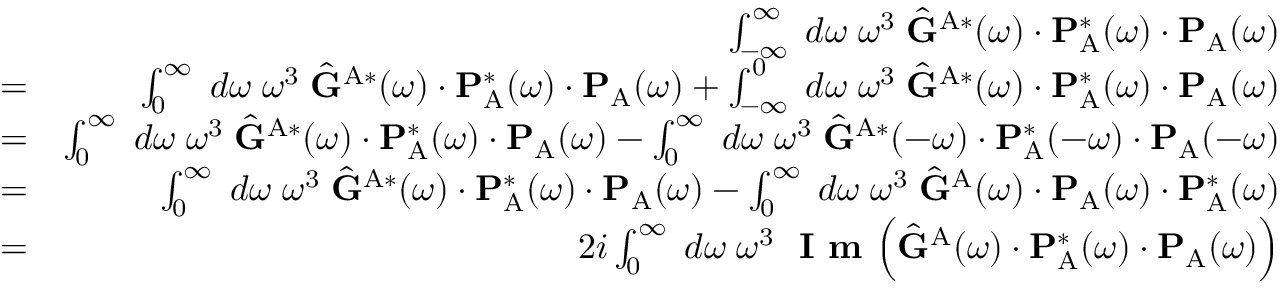
\begin{array} { r l r } & { } & { \int _ { - \infty } ^ { \infty } \; d \omega \; \omega ^ { 3 } \; \hat { \mathbf { G } } ^ { \mathrm { A } * } ( \omega ) \cdot \mathbf { P } _ { \mathrm { A } } ^ { * } ( \omega ) \cdot \mathbf { P } _ { \mathrm { A } } ( \omega ) } \\ & { = } & { \int _ { 0 } ^ { \infty } \; d \omega \; \omega ^ { 3 } \; \hat { \mathbf { G } } ^ { \mathrm { A } * } ( \omega ) \cdot \mathbf { P } _ { \mathrm { A } } ^ { * } ( \omega ) \cdot \mathbf { P } _ { \mathrm { A } } ( \omega ) + \int _ { - \infty } ^ { 0 } \; d \omega \; \omega ^ { 3 } \; \hat { \mathbf { G } } ^ { \mathrm { A } * } ( \omega ) \cdot \mathbf { P } _ { \mathrm { A } } ^ { * } ( \omega ) \cdot \mathbf { P } _ { \mathrm { A } } ( \omega ) } \\ & { = } & { \int _ { 0 } ^ { \infty } \; d \omega \; \omega ^ { 3 } \; \hat { \mathbf { G } } ^ { \mathrm { A } * } ( \omega ) \cdot \mathbf { P } _ { \mathrm { A } } ^ { * } ( \omega ) \cdot \mathbf { P } _ { \mathrm { A } } ( \omega ) - \int _ { 0 } ^ { \infty } \; d \omega \; \omega ^ { 3 } \; \hat { \mathbf { G } } ^ { \mathrm { A } * } ( - \omega ) \cdot \mathbf { P } _ { \mathrm { A } } ^ { * } ( - \omega ) \cdot \mathbf { P } _ { \mathrm { A } } ( - \omega ) } \\ & { = } & { \int _ { 0 } ^ { \infty } \; d \omega \; \omega ^ { 3 } \; \hat { \mathbf { G } } ^ { \mathrm { A } * } ( \omega ) \cdot \mathbf { P } _ { \mathrm { A } } ^ { * } ( \omega ) \cdot \mathbf { P } _ { \mathrm { A } } ( \omega ) - \int _ { 0 } ^ { \infty } \; d \omega \; \omega ^ { 3 } \; \hat { \mathbf { G } } ^ { \mathrm { A } } ( \omega ) \cdot \mathbf { P } _ { \mathrm { A } } ( \omega ) \cdot \mathbf { P } _ { \mathrm { A } } ^ { * } ( \omega ) } \\ & { = } & { 2 i \int _ { 0 } ^ { \infty } \; d \omega \; \omega ^ { 3 } \; \textbf { I m } \Big ( \hat { \mathbf { G } } ^ { \mathrm { A } } ( \omega ) \cdot \mathbf { P } _ { \mathrm { A } } ^ { * } ( \omega ) \cdot \mathbf { P } _ { \mathrm { A } } ( \omega ) \Big ) } \end{array}